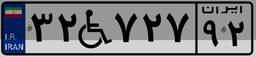
۳۲W۷۲۷۹۲